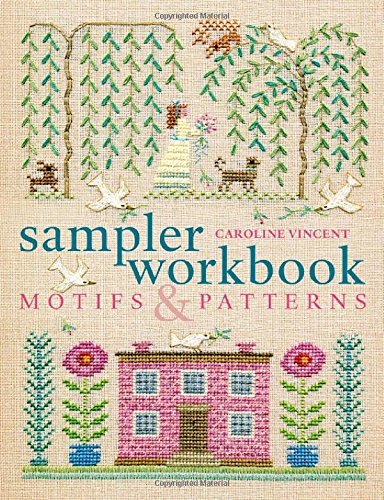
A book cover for Sampler Workbook: Motifs and Patterns; Caroline Vincent; Crafts, Hobbies & Home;